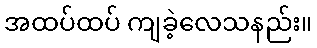
အထပ်ထပ် ကျခဲ့လေသနည်း။